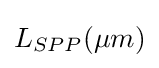
L_{SPP}(\mu m)